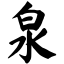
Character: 泉